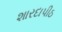
શારદાપીઠ